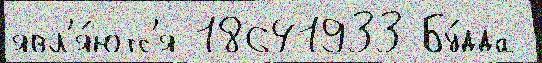
явл'я́ютс'я 18641933 Бу́дда